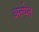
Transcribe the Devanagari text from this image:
अत्येत